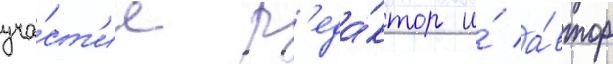
уча́ст'ие р'еда́ктор и́ а́втор